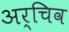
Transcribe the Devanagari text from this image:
अर्चिव